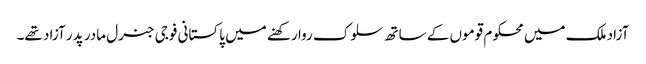
آزاد ملک میں محکوم قوموں کے ساتھ سلوک روا رکھنے میں پاکستانی فوجی جنرل مادر پدر آزاد تھے۔